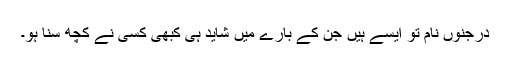
درجنوں نام تو ایسے ہیں جن کے بارے میں شاید ہی کبھی کسی نے کچھ سنا ہو۔